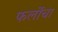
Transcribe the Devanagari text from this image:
फर्लोचा